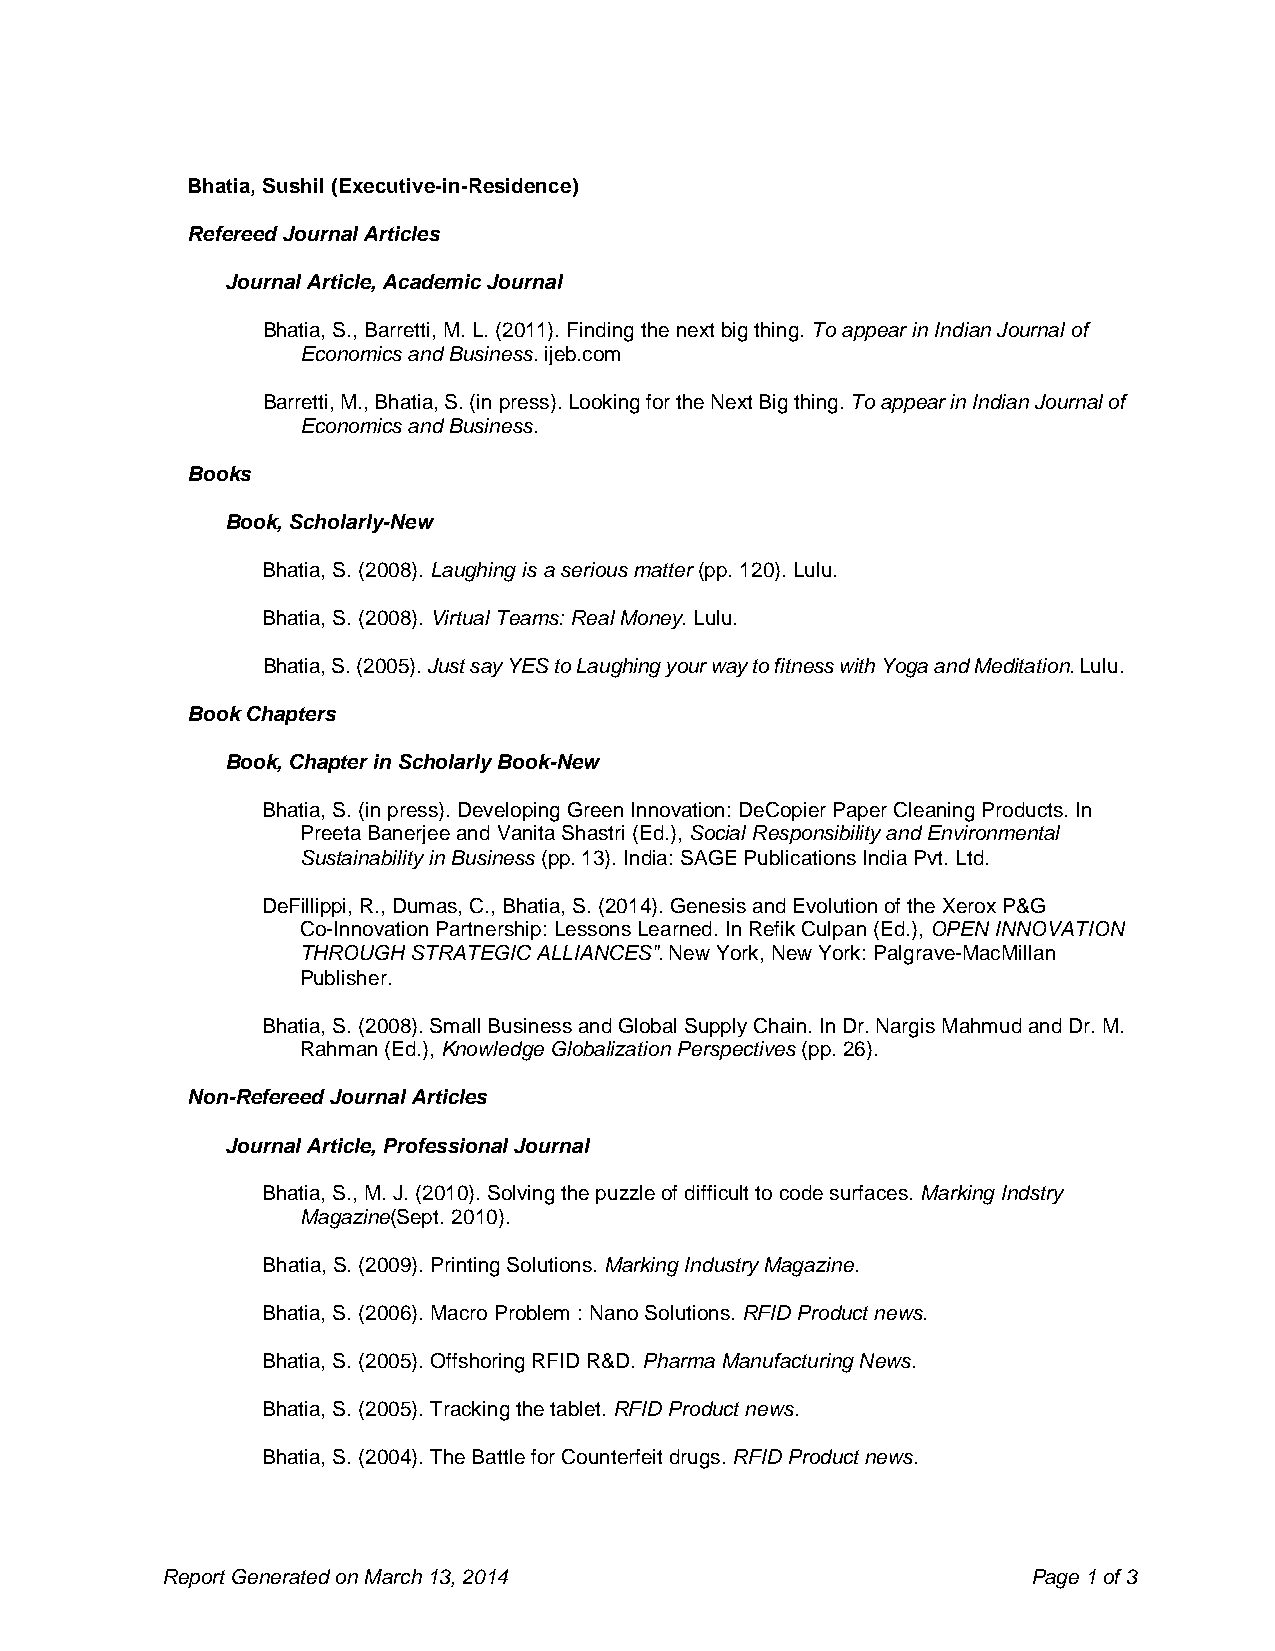
Bhatia, Sushil (Executive-in-Residence)
 Refereed Journal Articles
 Journal Article, Academic Journal
 Bhatia, S., Barretti, M. L. (2011). Finding the next big thing. To appear in Indian Journal of
 Economics and Business. ijeb.com
 Barretti, M., Bhatia, S. (in press). Looking for the Next Big thing. To appear in Indian Journal of
 Economics and Business.
 Books
 Book, Scholarly-New
 Bhatia, S. (2008). Laughing is a serious matter (pp. 120). Lulu.
 Bhatia, S. (2008). Virtual Teams: Real Money. Lulu.
 Bhatia, S. (2005). Just say YES to Laughing your way to fitness with Yoga and Meditation. Lulu.
 Book Chapters
 Book, Chapter in Scholarly Book-New
 Bhatia, S. (in press). Developing Green Innovation: DeCopier Paper Cleaning Products. In
 Preeta Banerjee and Vanita Shastri (Ed.), Social Responsibility and Environmental
 Sustainability in Business (pp. 13). India: SAGE Publications India Pvt. Ltd.
 DeFillippi, R., Dumas, C., Bhatia, S. (2014). Genesis and Evolution of the Xerox P&G
 Co-Innovation Partnership: Lessons Learned. In Refik Culpan (Ed.), OPEN INNOVATION
 THROUGH STRATEGIC ALLIANCES". New York, New York: Palgrave-MacMillan
 Publisher.
 Bhatia, S. (2008). Small Business and Global Supply Chain. In Dr. Nargis Mahmud and Dr. M.
 Rahman (Ed.), Knowledge Globalization Perspectives (pp. 26).
 Non-Refereed Journal Articles
 Journal Article, Professional Journal
 Bhatia, S., M. J. (2010). Solving the puzzle of difficult to code surfaces. Marking Indstry
 Magazine(Sept. 2010).
 Bhatia, S. (2009). Printing Solutions. Marking Industry Magazine.
 Bhatia, S. (2006). Macro Problem : Nano Solutions. RFID Product news.
 Bhatia, S. (2005). Offshoring RFID R&D. Pharma Manufacturing News.
 Bhatia, S. (2005). Tracking the tablet. RFID Product news.
 Bhatia, S. (2004). The Battle for Counterfeit drugs. RFID Product news.
 Report Generated on March 13, 2014                       Page 1 of 3